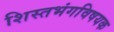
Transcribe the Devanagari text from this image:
शिस्तभंगविषयक